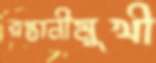
রপ্তানীমুখী